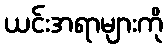
ယင်းအရာများကို